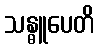
သန္ဓူပေတိ